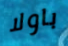
باولا